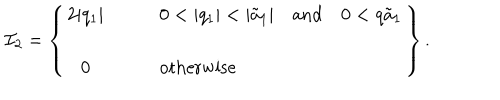
{ \cal I } _ { 2 } = \left\{ \begin{array} { c l } { { 2 | q _ { 1 } | } } & { { \qquad 0 < | q _ { 1 } | < | \tilde { a } _ { 1 } | \quad \mathrm { a n d } \quad 0 < q \tilde { a } _ { 1 } } } \\ { { } } & { { } } \\ { { 0 } } & { { \qquad \mathrm { o t h e r w i s e } } } \\ \end{array} \right\} .